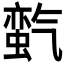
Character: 𱥬